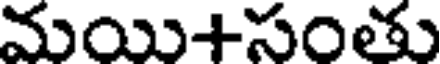
మయి+సంతు